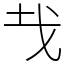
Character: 𢦏